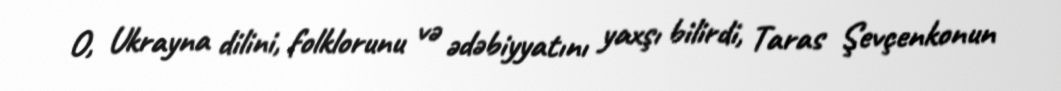
O, Ukrayna dilini, folklorunu və ədəbiyyatını yaxşı bilirdi, Taras Şevçenkonun